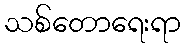
သစ်တောရေးရာ